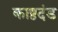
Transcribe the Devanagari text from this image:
काष्ठदंड